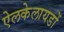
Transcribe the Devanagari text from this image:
ऐलकेलायडों